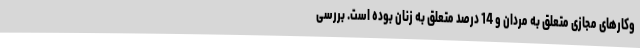
وکارهای مجازی متعلق به مردان و 14 درصد متعلق به زنان بوده است. بررسی